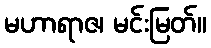
မဟာရာဇ၊ မင်းမြတ်။